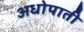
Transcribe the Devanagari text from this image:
अधोपाती